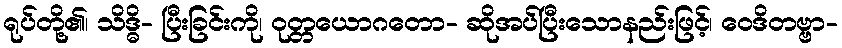
ရုပ်တို့၏၊ သိဒ္ဓိ- ပြီးခြင်းကို၊ ဝုတ္တယောဂတော- ဆိုအပ်ပြီးသောနည်းဖြင့်၊ ဝေဒိတဗ္ဗာ-